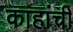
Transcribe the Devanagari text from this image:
काहांची